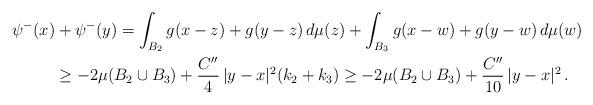
LaTeX: \begin{align*}\psi^-(x)&+\psi^-(y) = \int_{B_2} g(x-z)+g(y-z)\, d\mu(z) + \int_{B_3} g(x-w)+g(y-w)\, d\mu(w) \\&\geq -2 \mu(B_2\cup B_3) + \frac{C''}4\, |y-x|^2 (k_2+k_3)\geq -2 \mu(B_2\cup B_3) + \frac{C''}{10}\, |y-x|^2 \,.\end{align*}